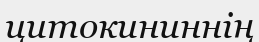
цитокининнің